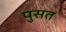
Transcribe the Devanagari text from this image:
पुसत